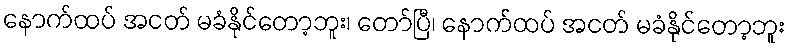
နောက်ထပ် အငတ် မခံနိုင်တော့ဘူး၊ တော်ပြီ၊ နောက်ထပ် အငတ် မခံနိုင်တော့ဘူး